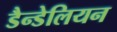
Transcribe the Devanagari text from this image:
डैन्डेलियन